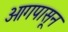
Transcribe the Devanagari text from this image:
ओगपासून